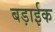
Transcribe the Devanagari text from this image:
बड़ाईक